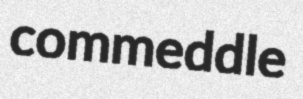
commeddle